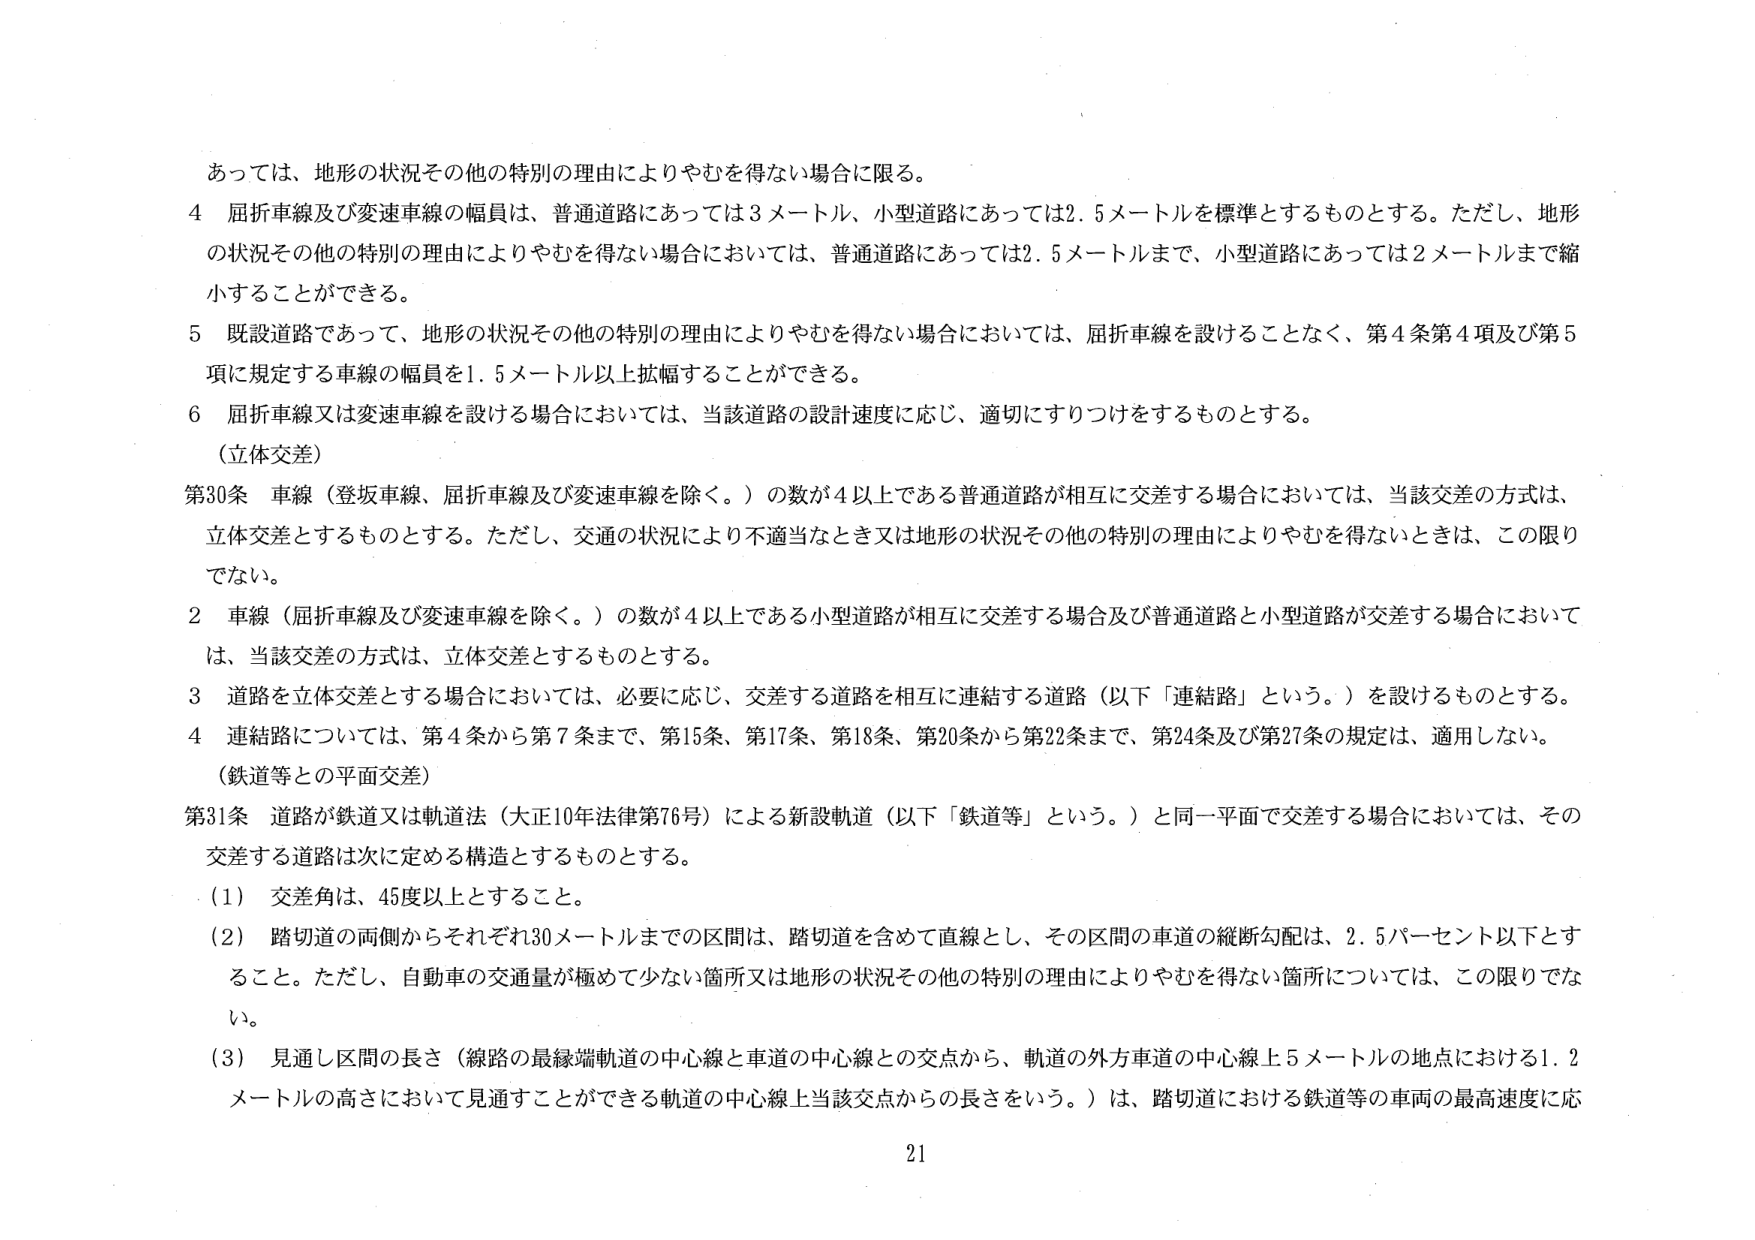
あっては、地形の状況その他の特別の理由によりやむを得ない場合に限る。

4 屈折車線及び変速車線の幅員は、普通道路にあっては3メートル、小型道路にあっては2.5メートルを標準とするものとする。ただし、地形の状況その他の特別の理由によりやむを得ない場合においては、普通道路にあっては2.5メートルまで、小型道路にあっては2メートルまで縮小することができる。

5 既設道路であって、地形の状況その他の特別の理由によりやむを得ない場合においては、屈折車線を設けることなく、第4条第4項及び第5項に規定する車線の幅員を1.5メートル以上拡幅することができる。

6 屈折車線又は変速車線を設ける場合においては、当該道路の設計速度に応じ、適切にすりつけをするものとする。

（立体交差）

第30条 車線（登坂車線、屈折車線及び変速車線を除く。）の数が4以上である普通道路が相互に交差する場合においては、当該交差の方式は、立体交差とするものとする。ただし、交通の状況により不適当なとき又は地形の状況その他の特別の理由によりやむを得ないときは、この限りでない。

2 車線（屈折車線及び変速車線を除く。）の数が4以上である小型道路が相互に交差する場合及び普通道路と小型道路が交差する場合においては、当該交差の方式は、立体交差とするものとする。

3 道路を立体交差とする場合においては、必要に応じ、交差する道路を相互に連結する道路（以下「連結路」という。）を設けるものとする。

4 連結路については、第4条から第7条まで、第15条、第17条、第18条、第20条から第22条まで、第24条及び第27条の規定は、適用しない。

（鉄道等との平面交差）

第31条 道路が鉄道又は軌道法（大正10年法律第76号）による新設軌道（以下「鉄道等」という。）と同一平面で交差する場合においては、その交差する道路は次に定める構造とするものとする。

（1） 交差角は、45度以上とすること。

（2） 踏切道の両側からそれぞれ30メートルまでの区間は、踏切道を含めて直線とし、その区間の車道の縦断勾配は、2.5パーセント以下とすること。ただし、自動車の交通量が極めて少ない箇所又は地形の状況その他の特別の理由によりやむを得ない箇所については、この限りでない。

（3） 見通し区間の長さ（線路の最縁端軌道の中心線と車道の中心線との交点から、軌道の外方車道の中心線上5メートルの地点における1.2メートルの高さにおいて見通すことができる軌道の中心線上当該交点からの長さをいう。）は、踏切道における鉄道等の車両の最高速度に応

21